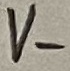
Text: V-